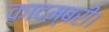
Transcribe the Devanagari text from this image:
कादम्बरी।